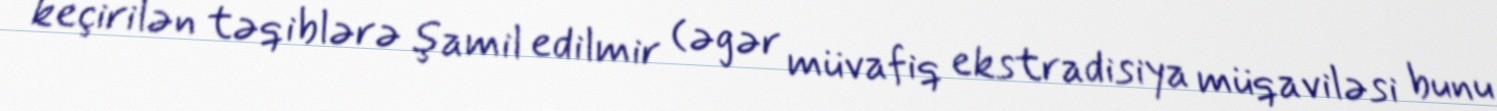
keçirilən təqiblərə şamil edilmir (əgər müvafiq ekstradisiya müqaviləsi bunu